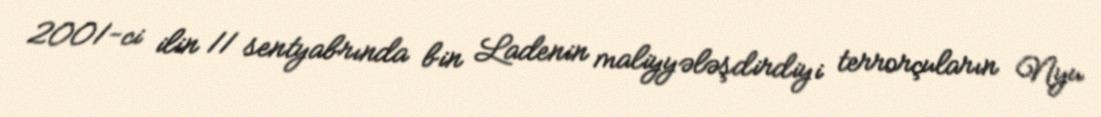
2001-ci ilin 11 sentyabrında bin Ladenin maliyyələşdirdiyi terrorçuların Nyu